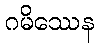
ဂမိဿေန